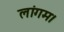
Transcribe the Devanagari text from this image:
लांगम।